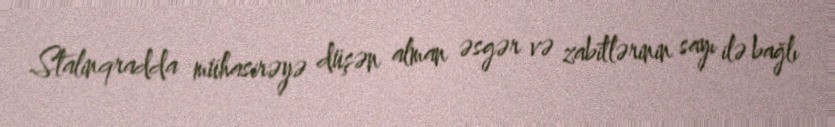
Stalinqradda mühasirəyə düşən alman əsgər və zabitlərinin sayı ilə bağlı